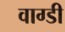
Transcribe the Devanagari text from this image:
वाग्डी